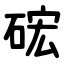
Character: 硡